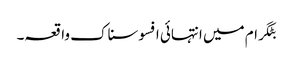
بٹگرام میں انتہائی افسوسناک واقعہ۔